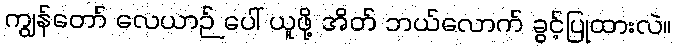
ကျွန်တော် လေယာဉ် ပေါ် ယူဖို့ အိတ် ဘယ်လောက် ခွင့်ပြုထားလဲ။